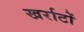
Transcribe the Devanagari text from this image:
खर्राटों